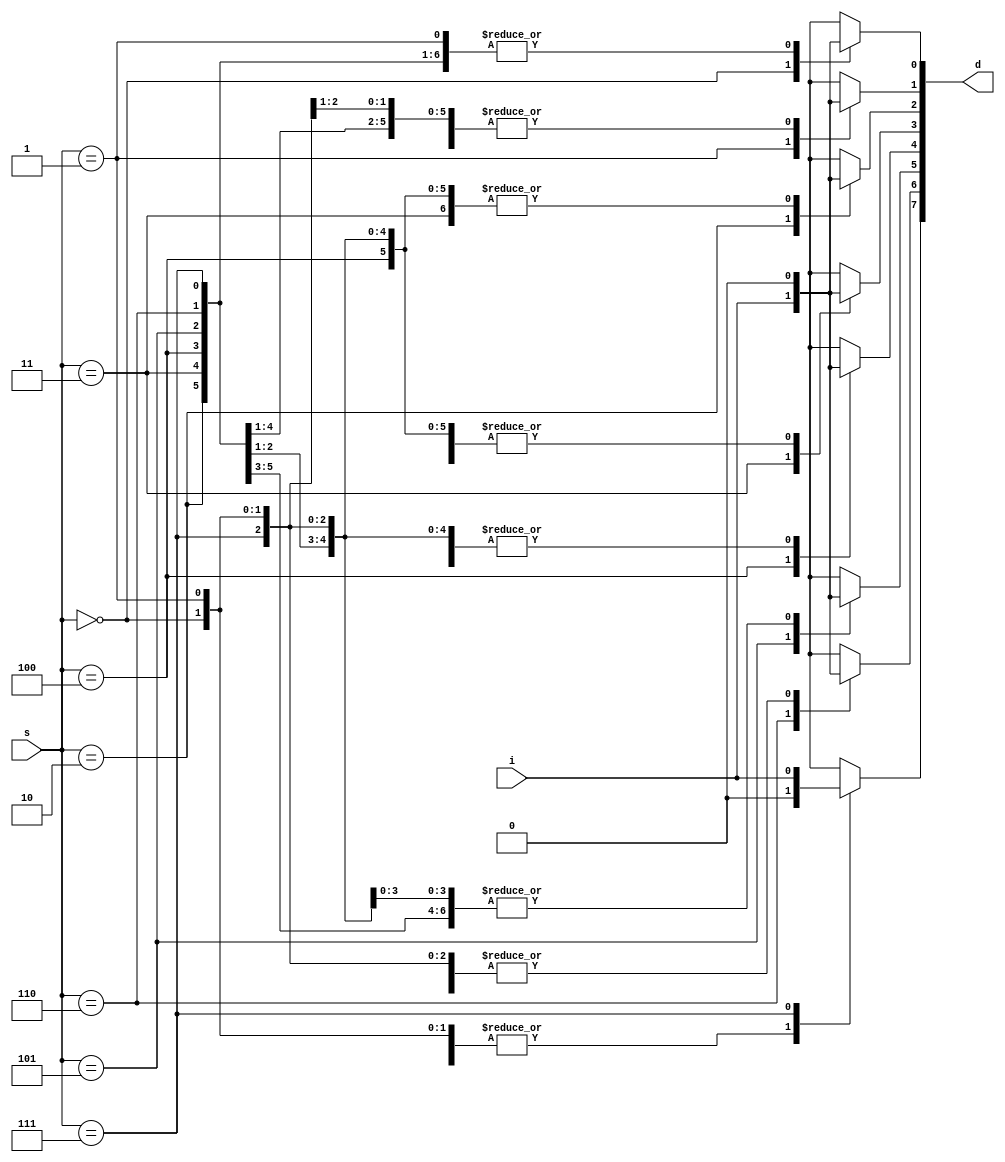
module demux(i,s,d);
input i;
input [2:0]s;
output [7:0]d;
reg [7:0]d;
always @(i,s)
begin
d=8'b0;
case(s)
3'b000: d[0]=i;
3'b001: d[1]=i;
3'b010: d[2]=i;
3'b011: d[3]=i;
3'b100: d[4]=i;
3'b101: d[5]=i;
3'b110: d[6]=i;
3'b111: d[7]=i;
default d=8'b00000000;
endcase
end
endmodule

module demux_tb;
wire [7:0]d;
wire i;
reg [2:0]s;
assign i=1'b1;
demux d1(i,s,d);
integer j;
initial 
begin
for(j=0;j<8;j=j+1)
begin
#2 {s}=j;
end
end
endmodule